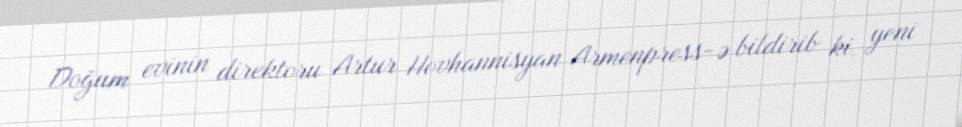
Doğum evinin direktoru Artur Hovhannisyan Armenpress-ə bildirib ki, yeni